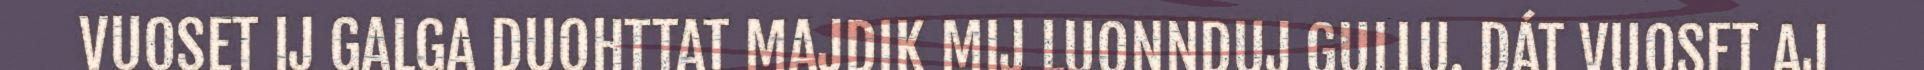
VUOSET IJ GALGA DUOHTTAT MAJDIK MIJ LUONNDUJ GULLU. DÁT VUOSET AJ